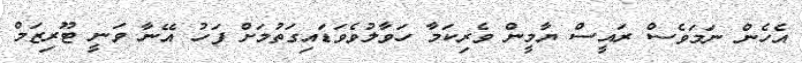
އެހެން ނަމަވެސް ރައީސް ޔާމީން ވެރިކަމާ ހަވާލުވެވަޑައިގަތުމަށް ފަހު އޭނާ ވަނީ ޓޫރިޒަމް